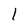
Character: 1